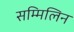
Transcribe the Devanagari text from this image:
सम्मिलिन